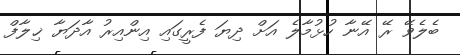
ބެލެވޭ ރޭ އޭނާ ހުޅުމާލެ އަށް ދިޔަ ފެރީގައި އިންއިރު އާދަޔާ ޚިލާފް